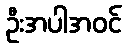
ဦးအပါအဝင်